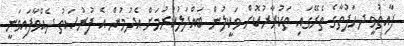
ފާއިތުވީ ދހަފުތާގެ ތެރޭގައި ތަކުރާރުކޮށް ވަކީލުން ބައްދަލުކުރުމަށް އެދުމުން އެ ފުރުޞަތު ދެއްވާފައިވަނީ